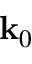
\mathbf { k } _ { 0 }